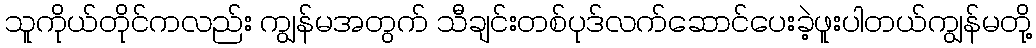
သူကိုယ်တိုင်ကလည်း ကျွန်မအတွက် သီချင်းတစ်ပုဒ်လက်ဆောင်ပေးခဲ့ဖူးပါတယ်ကျွန်မတို့